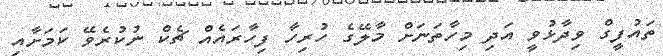
ތައުފީގް ވިދާޅުވީ އަދި މިހާތަނަށް މާލޭގެ ހުރިހާ ފިހާރައެއް ޗެކް ނުކުރެވޭ ކަމަށާއި